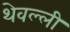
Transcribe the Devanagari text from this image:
थेवल्ली